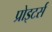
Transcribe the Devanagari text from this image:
प्रोइटर्स